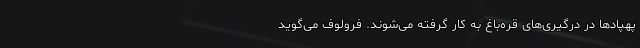
پهپادها در درگیری‌های قره‌باغ به کار گرفته می‌شوند. فرولوف می‌گوید